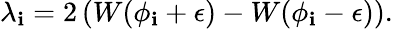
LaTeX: \lambda_{\mathbf{i}}=2\left(W(\phi_{\mathbf{i}}+\epsilon)-W(\phi_{\mathbf{i}}-\epsilon)\right).